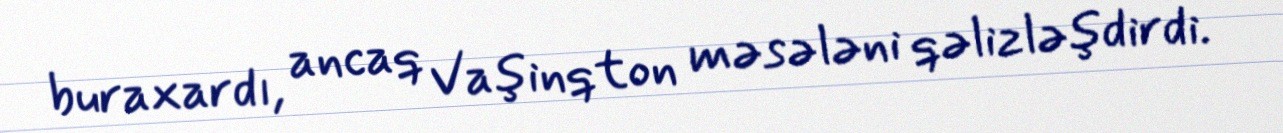
buraxardı, ancaq Vaşinqton məsələni qəlizləşdirdi.